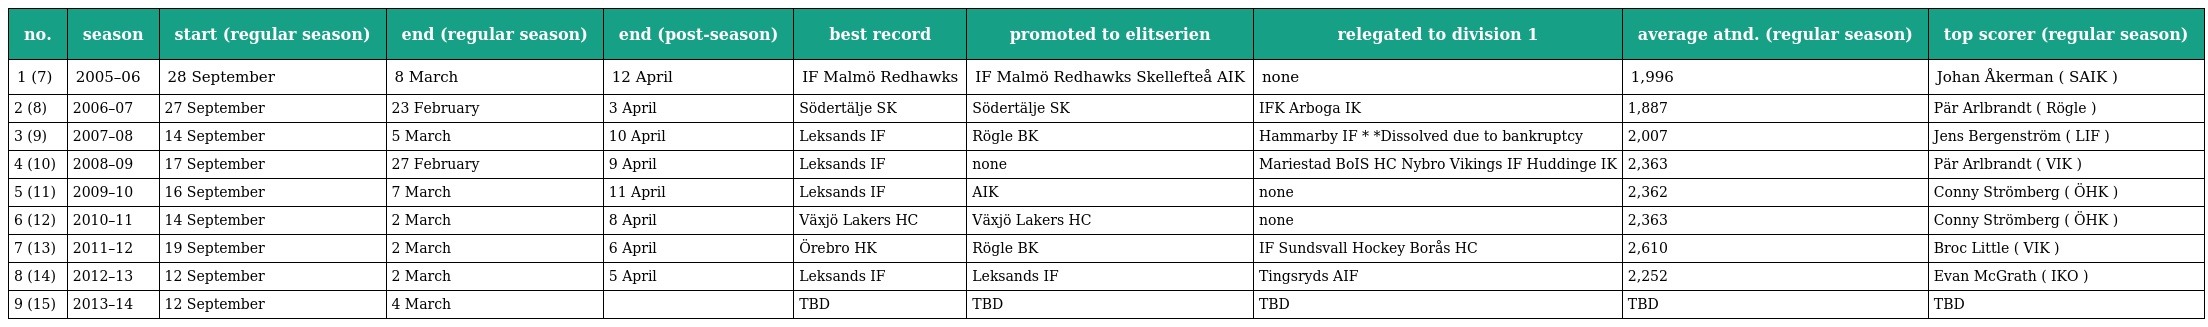
| no. | season | start (regular season) | end (regular season) | end (post-season) | best record | promoted to elitserien | relegated to division 1 | average atnd. (regular season) | top scorer (regular season) |
 | --- | --- | --- | --- | --- | --- | --- | --- | --- | --- |
 | 1 (7) | 2005–06 | 28 September | 8 March | 12 April | IF Malmö Redhawks | IF Malmö Redhawks Skellefteå AIK | none | 1,996 | Johan Åkerman ( SAIK ) |
 | 2 (8) | 2006–07 | 27 September | 23 February | 3 April | Södertälje SK | Södertälje SK | IFK Arboga IK | 1,887 | Pär Arlbrandt ( Rögle ) |
 | 3 (9) | 2007–08 | 14 September | 5 March | 10 April | Leksands IF | Rögle BK | Hammarby IF * *Dissolved due to bankruptcy | 2,007 | Jens Bergenström ( LIF ) |
 | 4 (10) | 2008–09 | 17 September | 27 February | 9 April | Leksands IF | none | Mariestad BoIS HC Nybro Vikings IF Huddinge IK | 2,363 | Pär Arlbrandt ( VIK ) |
 | 5 (11) | 2009–10 | 16 September | 7 March | 11 April | Leksands IF | AIK | none | 2,362 | Conny Strömberg ( ÖHK ) |
 | 6 (12) | 2010–11 | 14 September | 2 March | 8 April | Växjö Lakers HC | Växjö Lakers HC | none | 2,363 | Conny Strömberg ( ÖHK ) |
 | 7 (13) | 2011–12 | 19 September | 2 March | 6 April | Örebro HK | Rögle BK | IF Sundsvall Hockey Borås HC | 2,610 | Broc Little ( VIK ) |
 | 8 (14) | 2012–13 | 12 September | 2 March | 5 April | Leksands IF | Leksands IF | Tingsryds AIF | 2,252 | Evan McGrath ( IKO ) |
 | 9 (15) | 2013–14 | 12 September | 4 March |  | TBD | TBD | TBD | TBD | TBD |